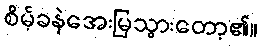
စိမ့်ခနဲအေးမြသွားတော့၏။